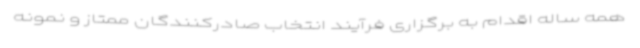
همه ساله اقدام به برگزاری فرآیند انتخاب صادرکنندگان ممتاز و نمونه